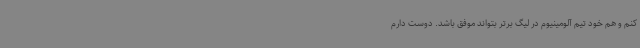
کنم و هم خود تیم آلومینیوم در لیگ برتر بتواند موفق باشد. دوست دارم